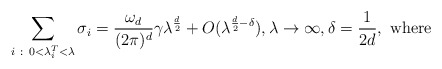
\begin{align*}\sum_{i ~ : ~ 0< \lambda^T_i < \lambda} \sigma_i = \frac{\omega_d}{(2\pi)^d} \gamma \lambda^{\frac{d}{2}} + O(\lambda^{\frac{d}{2}-\delta}), \lambda \rightarrow \infty, \delta=\frac{1}{2d}, \mbox{ where }\end{align*}